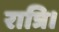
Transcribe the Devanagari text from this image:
रात्रि।